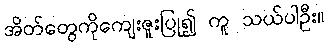
အိတ်တွေကိုကျေးဇူးပြု၍ ကူ သယ်ပါဦး။